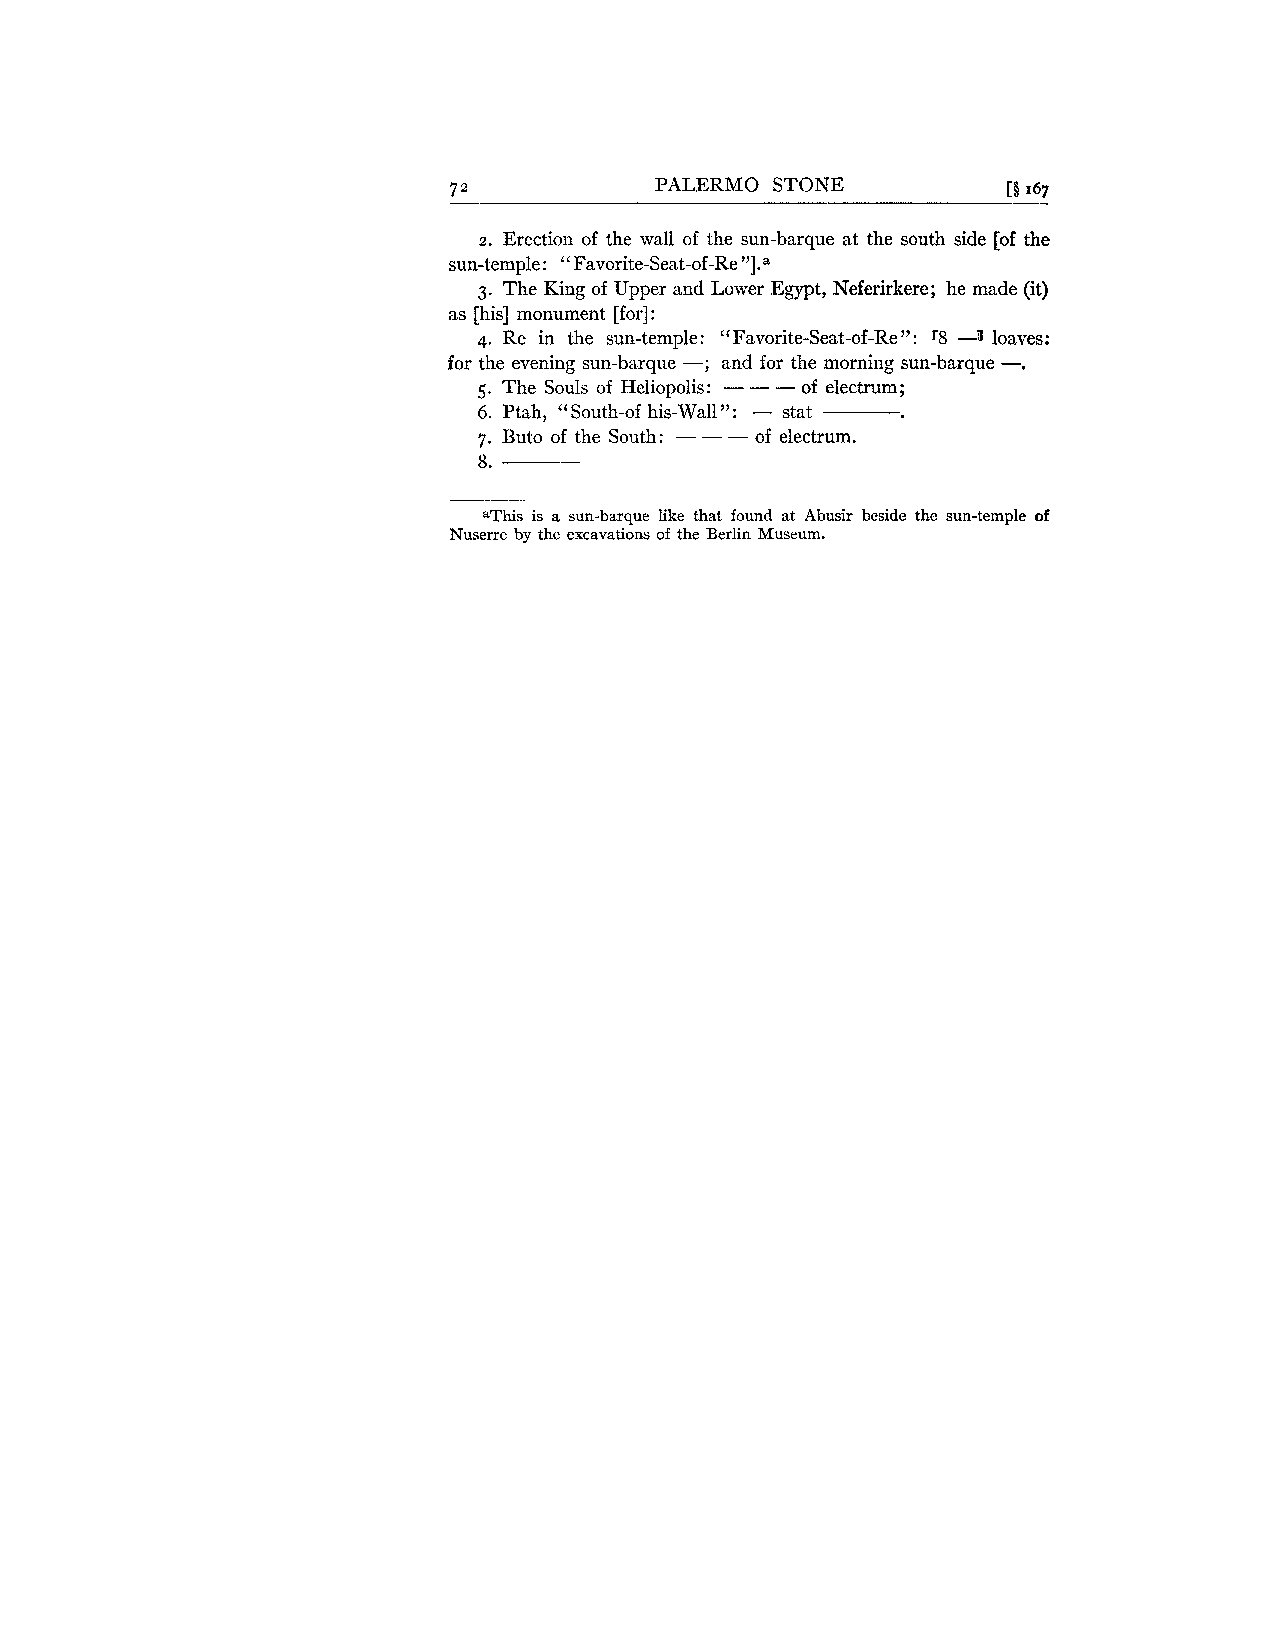
72           PALERMO STONE           [O 167
 2. Erection of the wall of the sun-barque at the south side [of the
 sun-temple: " Favorite-Seat-of-Re "].a
 3. The King of Upper and Lower Egypt, Neferirkere; he made (it)
 as [his] monument [for] :
 4. Re in the sun-temple: " Favorite-Seat-of-Re " : r8 -1 lo -a . ves:
 for the evening sun-barque --; and for the morning sun-barque
 5. The Souls of Heliopolis: - - - of electrum;
 6. Ptah, "South-of his-Wall ": - stat
 7. Buto of the South: - - - of electrum.
 8. --
 aThis is a sun-barque like that found at Abusir beside the sun-temple of
 Nuserre by the excavations of the Berlin Museum.